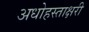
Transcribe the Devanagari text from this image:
अधोहस्ताक्षरी